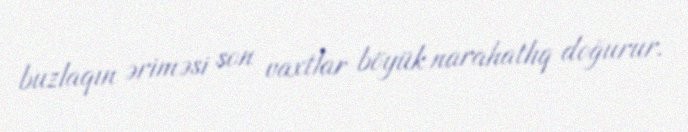
buzlaqın əriməsi son vaxtlar böyük narahatlıq doğurur.